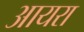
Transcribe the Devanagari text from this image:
आयरा